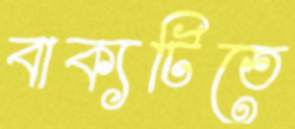
বাক্যটিতে